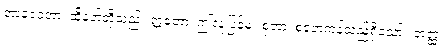
တာဒေဝတာ၊ ထိုနတ်တို့သည်။ ဣတော၊ ဤလူ့ပြန်မှ။ စုတာ၊ စုတေကုန်သည်ရှိသော်။ တတ္ထ၊